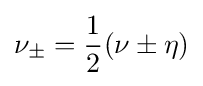
\nu _{\pm }={\frac {1}{2}}(\nu \pm \eta )